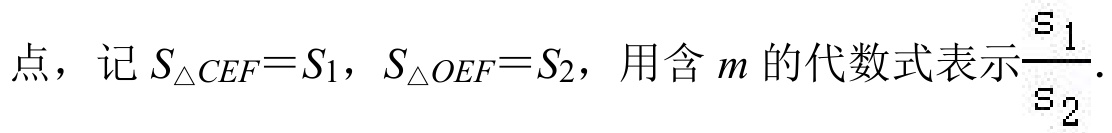
点，记 \(S_{\triangle CEF}=S_{1}\)，\(S_{\triangle OEF}=S_{2}\)，用含 \(m\) 的代数式表示\(\frac{S_{1}}{S_{2}}\).